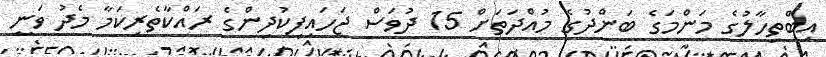
އިބްތިހާލުގެ މަންމަގެ ބަންދުގެ މުއްދަތަށް 15 ދުވަސް ޖަހައިފިކުދިންގެ ރައްކާތެރިކަމާ މެދު ވަނީ